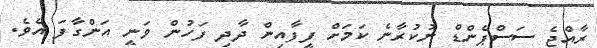
ރާއްޖެ ސަސްޕެންޑް ނުކުރާނެ ކަމަށް ފީފާއިން ދާދި ފަހުން ވަނީ އަންގާފަ އެވެ.